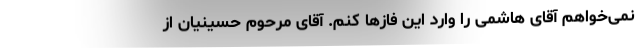
نمی‌خواهم آقای هاشمی را وارد این فازها کنم. آقای مرحوم حسینیان از